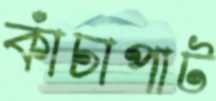
কাঁচাপাট